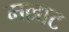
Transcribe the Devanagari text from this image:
मल्लाट